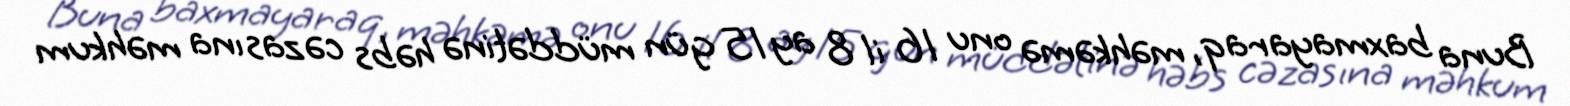
Buna baxmayaraq, məhkəmə onu 16 il 8 ay 15 gün müddətinə həbs cəzasına məhkum